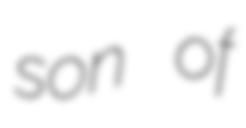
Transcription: son of